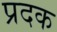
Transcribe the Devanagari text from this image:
प्रदक